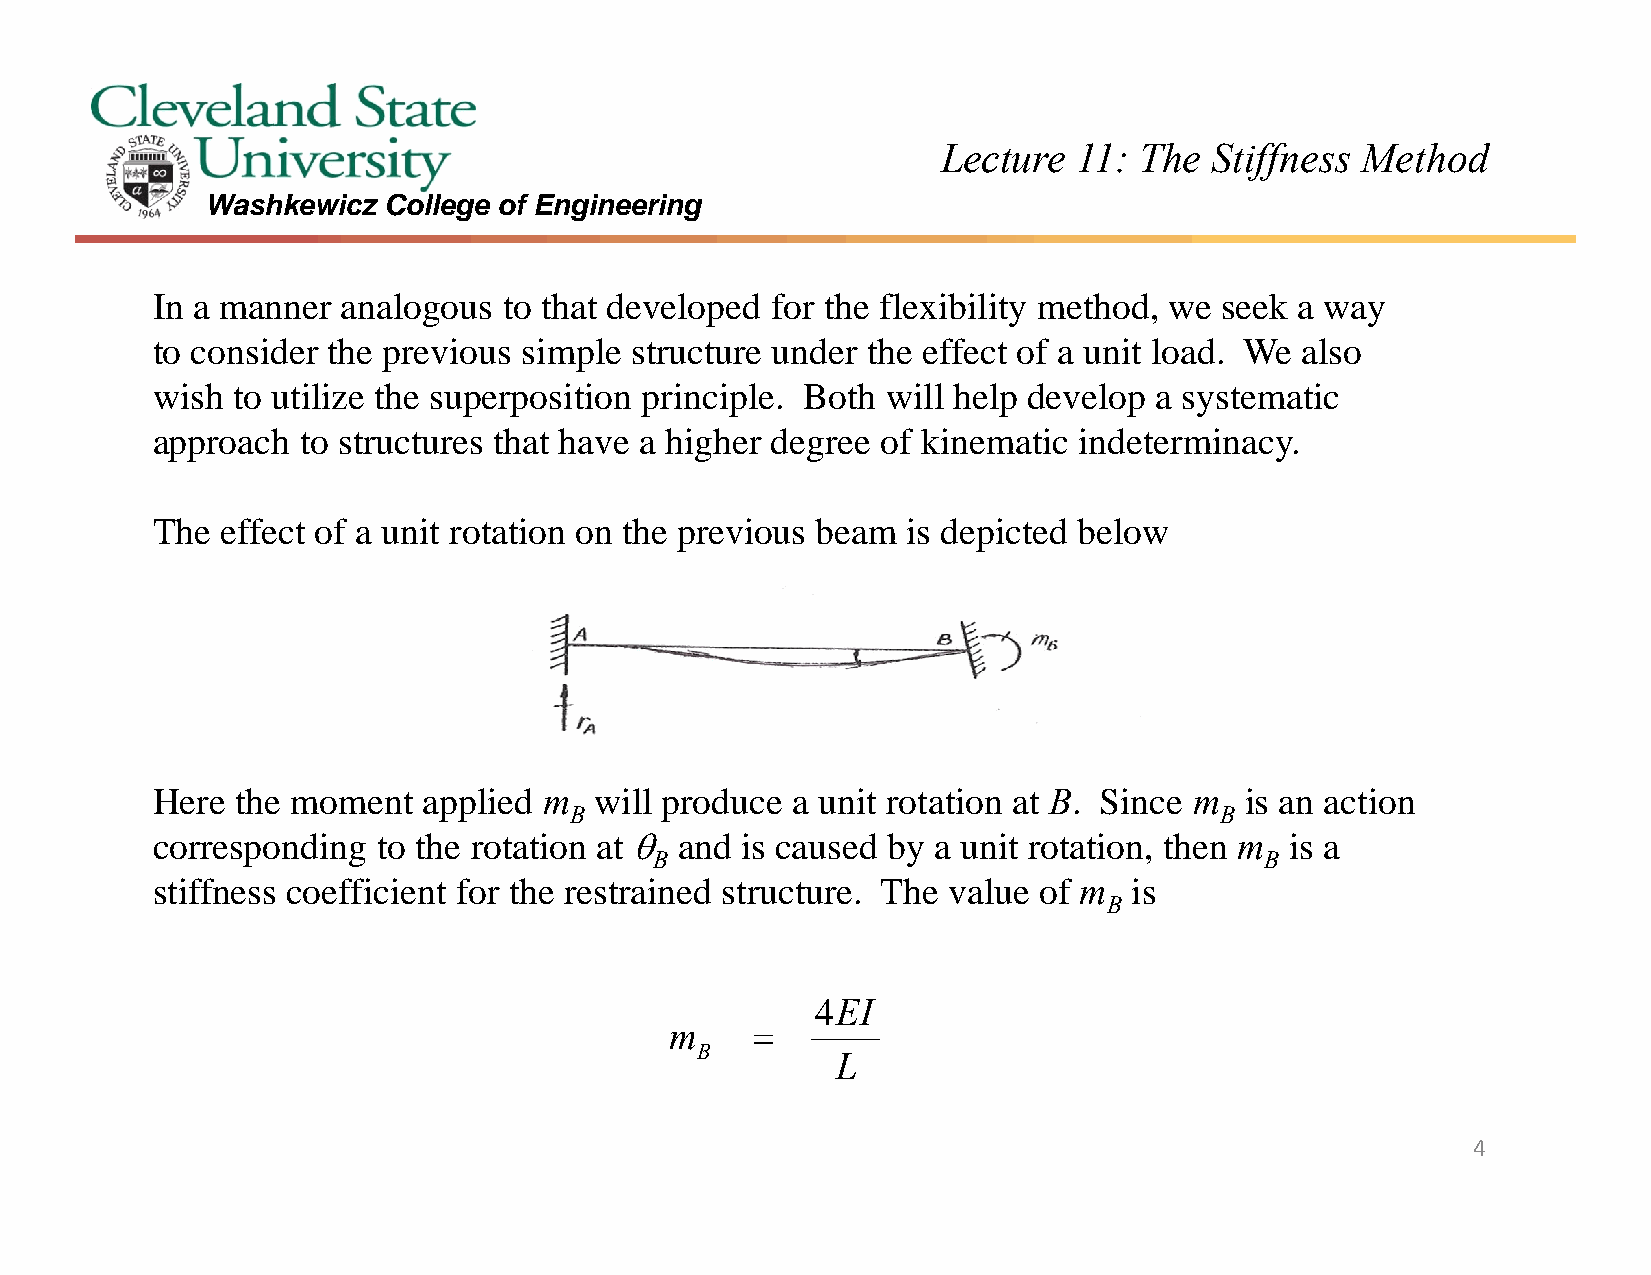
Lecture  11: The  Stiffness Method
 Washkewicz College of Engineering
 In a manner  analogous to that developed for the flexibility method, we seek a way
 to consider the previous simple structure under the effect of a unit load. We also
 wish to utilize the superposition principle. Both will help develop a systematic
 approach  to structures that have a higher degree of kinematic indeterminacy.
 The  effect of a unit rotation on the previous beam is depicted below
 Here  the moment  applied m  will produce a unit rotation at B. Since m is an action
 B                                          B
 corresponding  to the rotation at  and is caused by a unit rotation, then m is a
 B                                        B
 stiffness coefficient for the restrained structure. The value of m is
 B
 4EI
 m     
 B
 L
 4